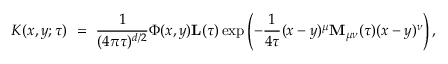
K ( x , y ; \tau ) \ = \ \frac { 1 } { ( 4 \pi \tau ) ^ { d / 2 } } \Phi ( x , y ) { \mathbf L } ( \tau ) \exp \left( - \frac { 1 } { 4 \tau } ( x - y ) ^ { \mu } { \bf M } _ { \mu \nu } ( \tau ) ( x - y ) ^ { \nu } \right) ,